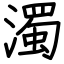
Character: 濁